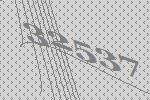
32537